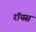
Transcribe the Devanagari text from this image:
राॅयस